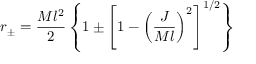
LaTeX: r _ { \pm } = { \frac { M l ^ { 2 } } { 2 } } \left\{ 1 \pm \left[ 1 - \left( { \frac { J } { M l } } \right) ^ { 2 } \right] ^ { 1 / 2 } \right\}